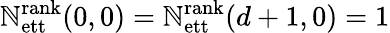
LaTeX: \mathbb{N}_{\mathrm{{ett}}}^{\mathrm{{rank}}}(0,0)=\mathbb{N}_{\mathrm{{ett}}}^{\mathrm{{rank}}}(d+1,0)=1